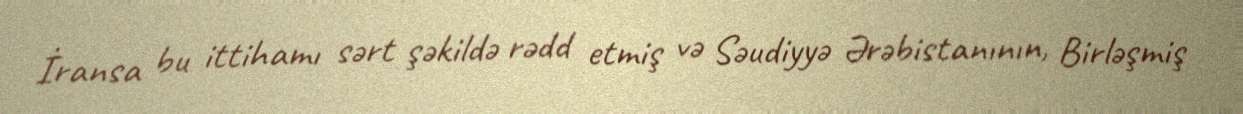
İransa bu ittihamı sərt şəkildə rədd etmiş və Səudiyyə Ərəbistanının, Birləşmiş